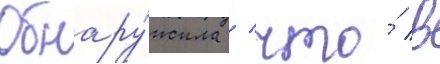
Обнару́жила / что́ в